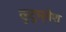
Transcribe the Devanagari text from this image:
कुटुम्बेश